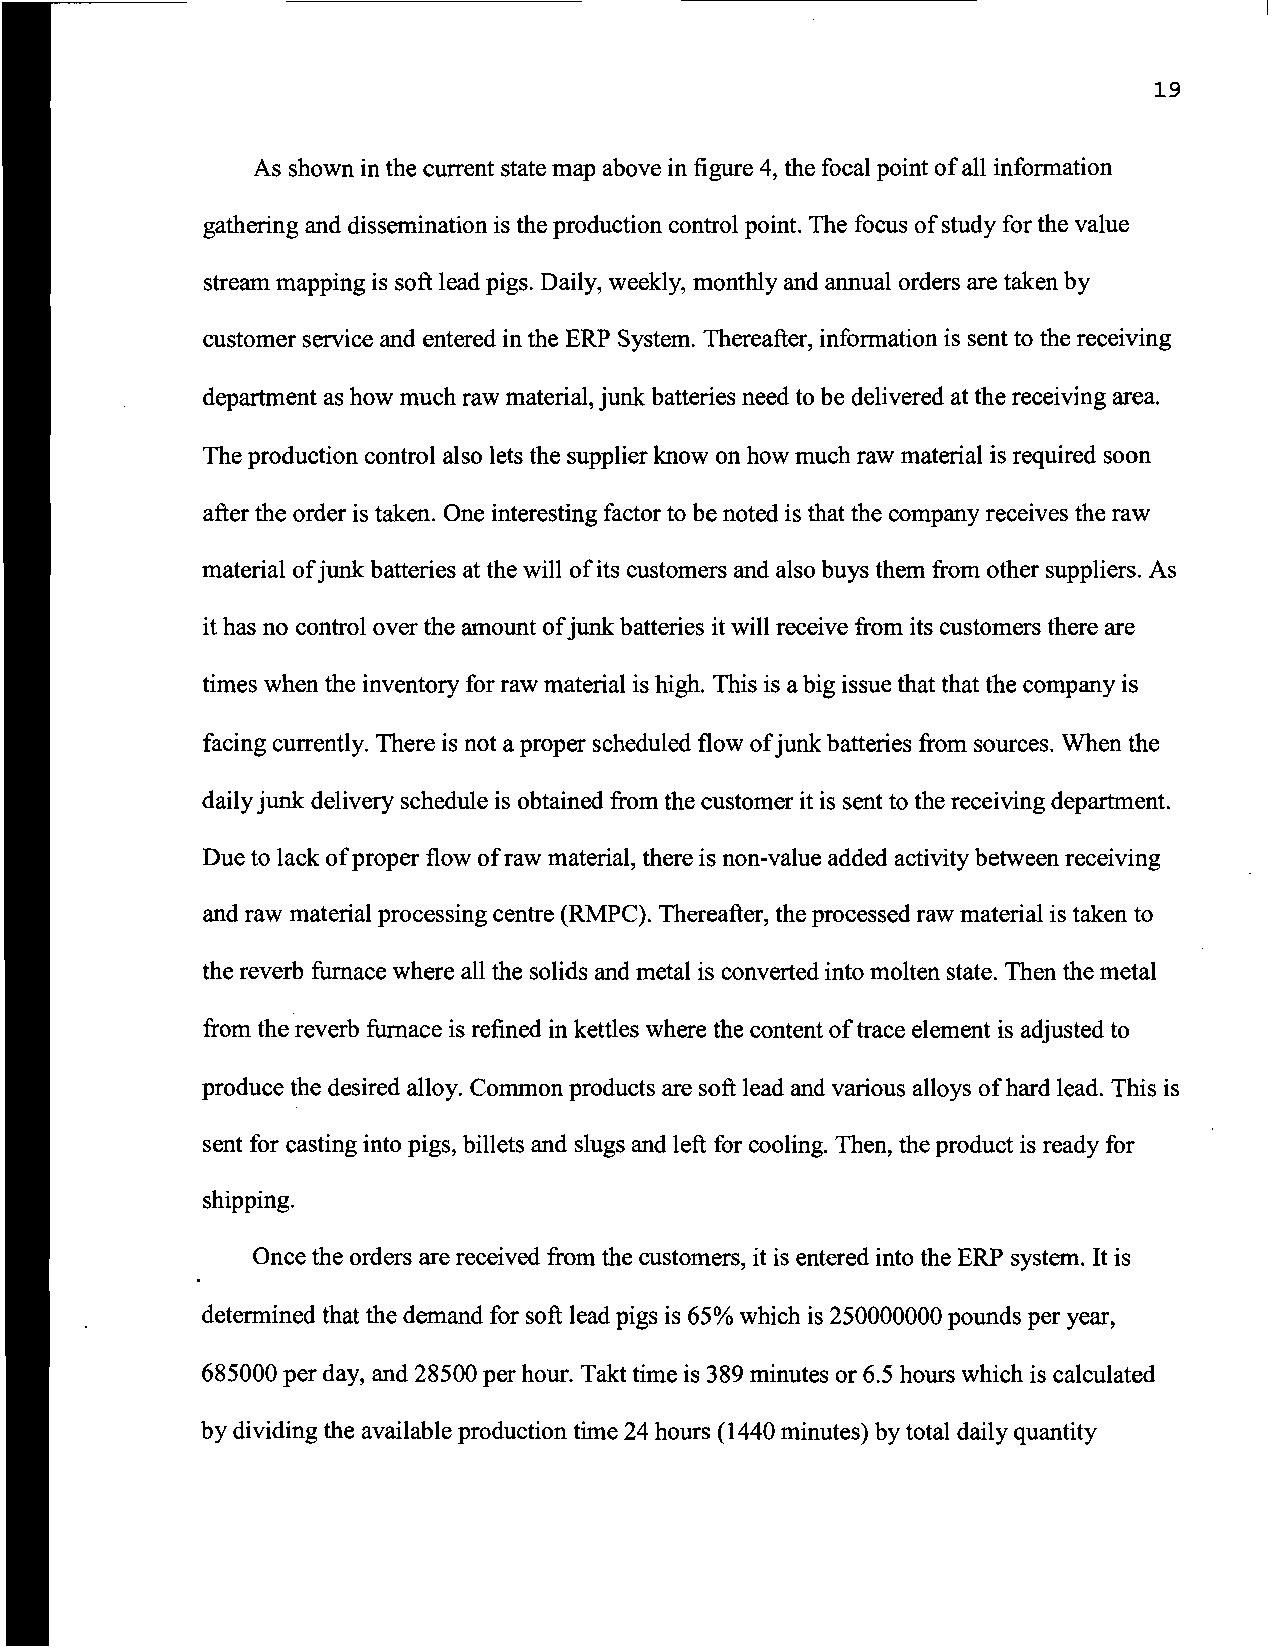
19
 As shown in the current state map above in figure 4, the focal point of all information
 gathering and dissemination is the production control point. The focus of study for the value
 stream mapping is soft lead pigs. Daily, weekly, monthly and annual orders are taken by
 customer service and entered in the ERP System. Thereafter, information is sent to the receiving
 department as how much raw material, junk batteries need to be delivered at the receiving area.
 The production control also lets the supplier know on how much raw material is required soon
 after the order is taken. One interesting factor to be noted is that the company receives the raw
 material ofjunkbatteries atthe will ofits customers and also buys them from othersuppliers. As
 it has no control over the amount ofjunk batteries it will receive from its customers there are
 times when the inventory for raw material is high. This is a big issue that that the company is
 facing currently. There is not a proper scheduled flow ofjunk batteries from sources. When the
 daily junk delivery schedule is obtained from the customer it is sent to the receiving department.
 Due to lack ofproper flow ofraw material, there is non-value added activity between receiving
 and raw material processing centre (RMPC). Thereafter, the processed raw material is taken to
 the reverb furnace where all the solids and metal is converted into molten state. Then the metal
 from the reverb furnace is refined in kettles where the content oftrace element is adjusted to
 produce the desired alloy. Common products are soft lead and various alloys ofhard lead. This is
 sent for casting into pigs, billets and slugs and left for cooling. Then, the product is ready for
 shipping.
 Once the orders are received from the customers, it is entered into the ERP system. It is
 determined that the demand for soft lead pigs is 65% which is 250000000 pounds per year,
 685000 per day, and 28500 per hour. Takt time is 389 minutes or 6.5 hours which is calculated
 by dividing the available production time 24 hours (1440 minutes) by total daily quantity